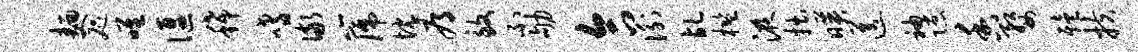
面咫唯偃稀嗜儆篪忱辱致不劬合衡乩槛液拙映送袖隙香婺殪扶